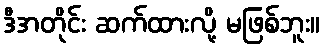
ဒီအတိုင်း ဆက်ထားလို့ မဖြစ်ဘူး။